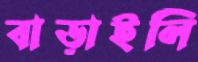
বাড়াইলি